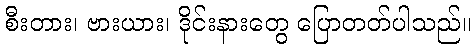
စီးတား၊ ဗားယား၊ ဒိုင်းနားတွေ ပြောတတ်ပါသည်။